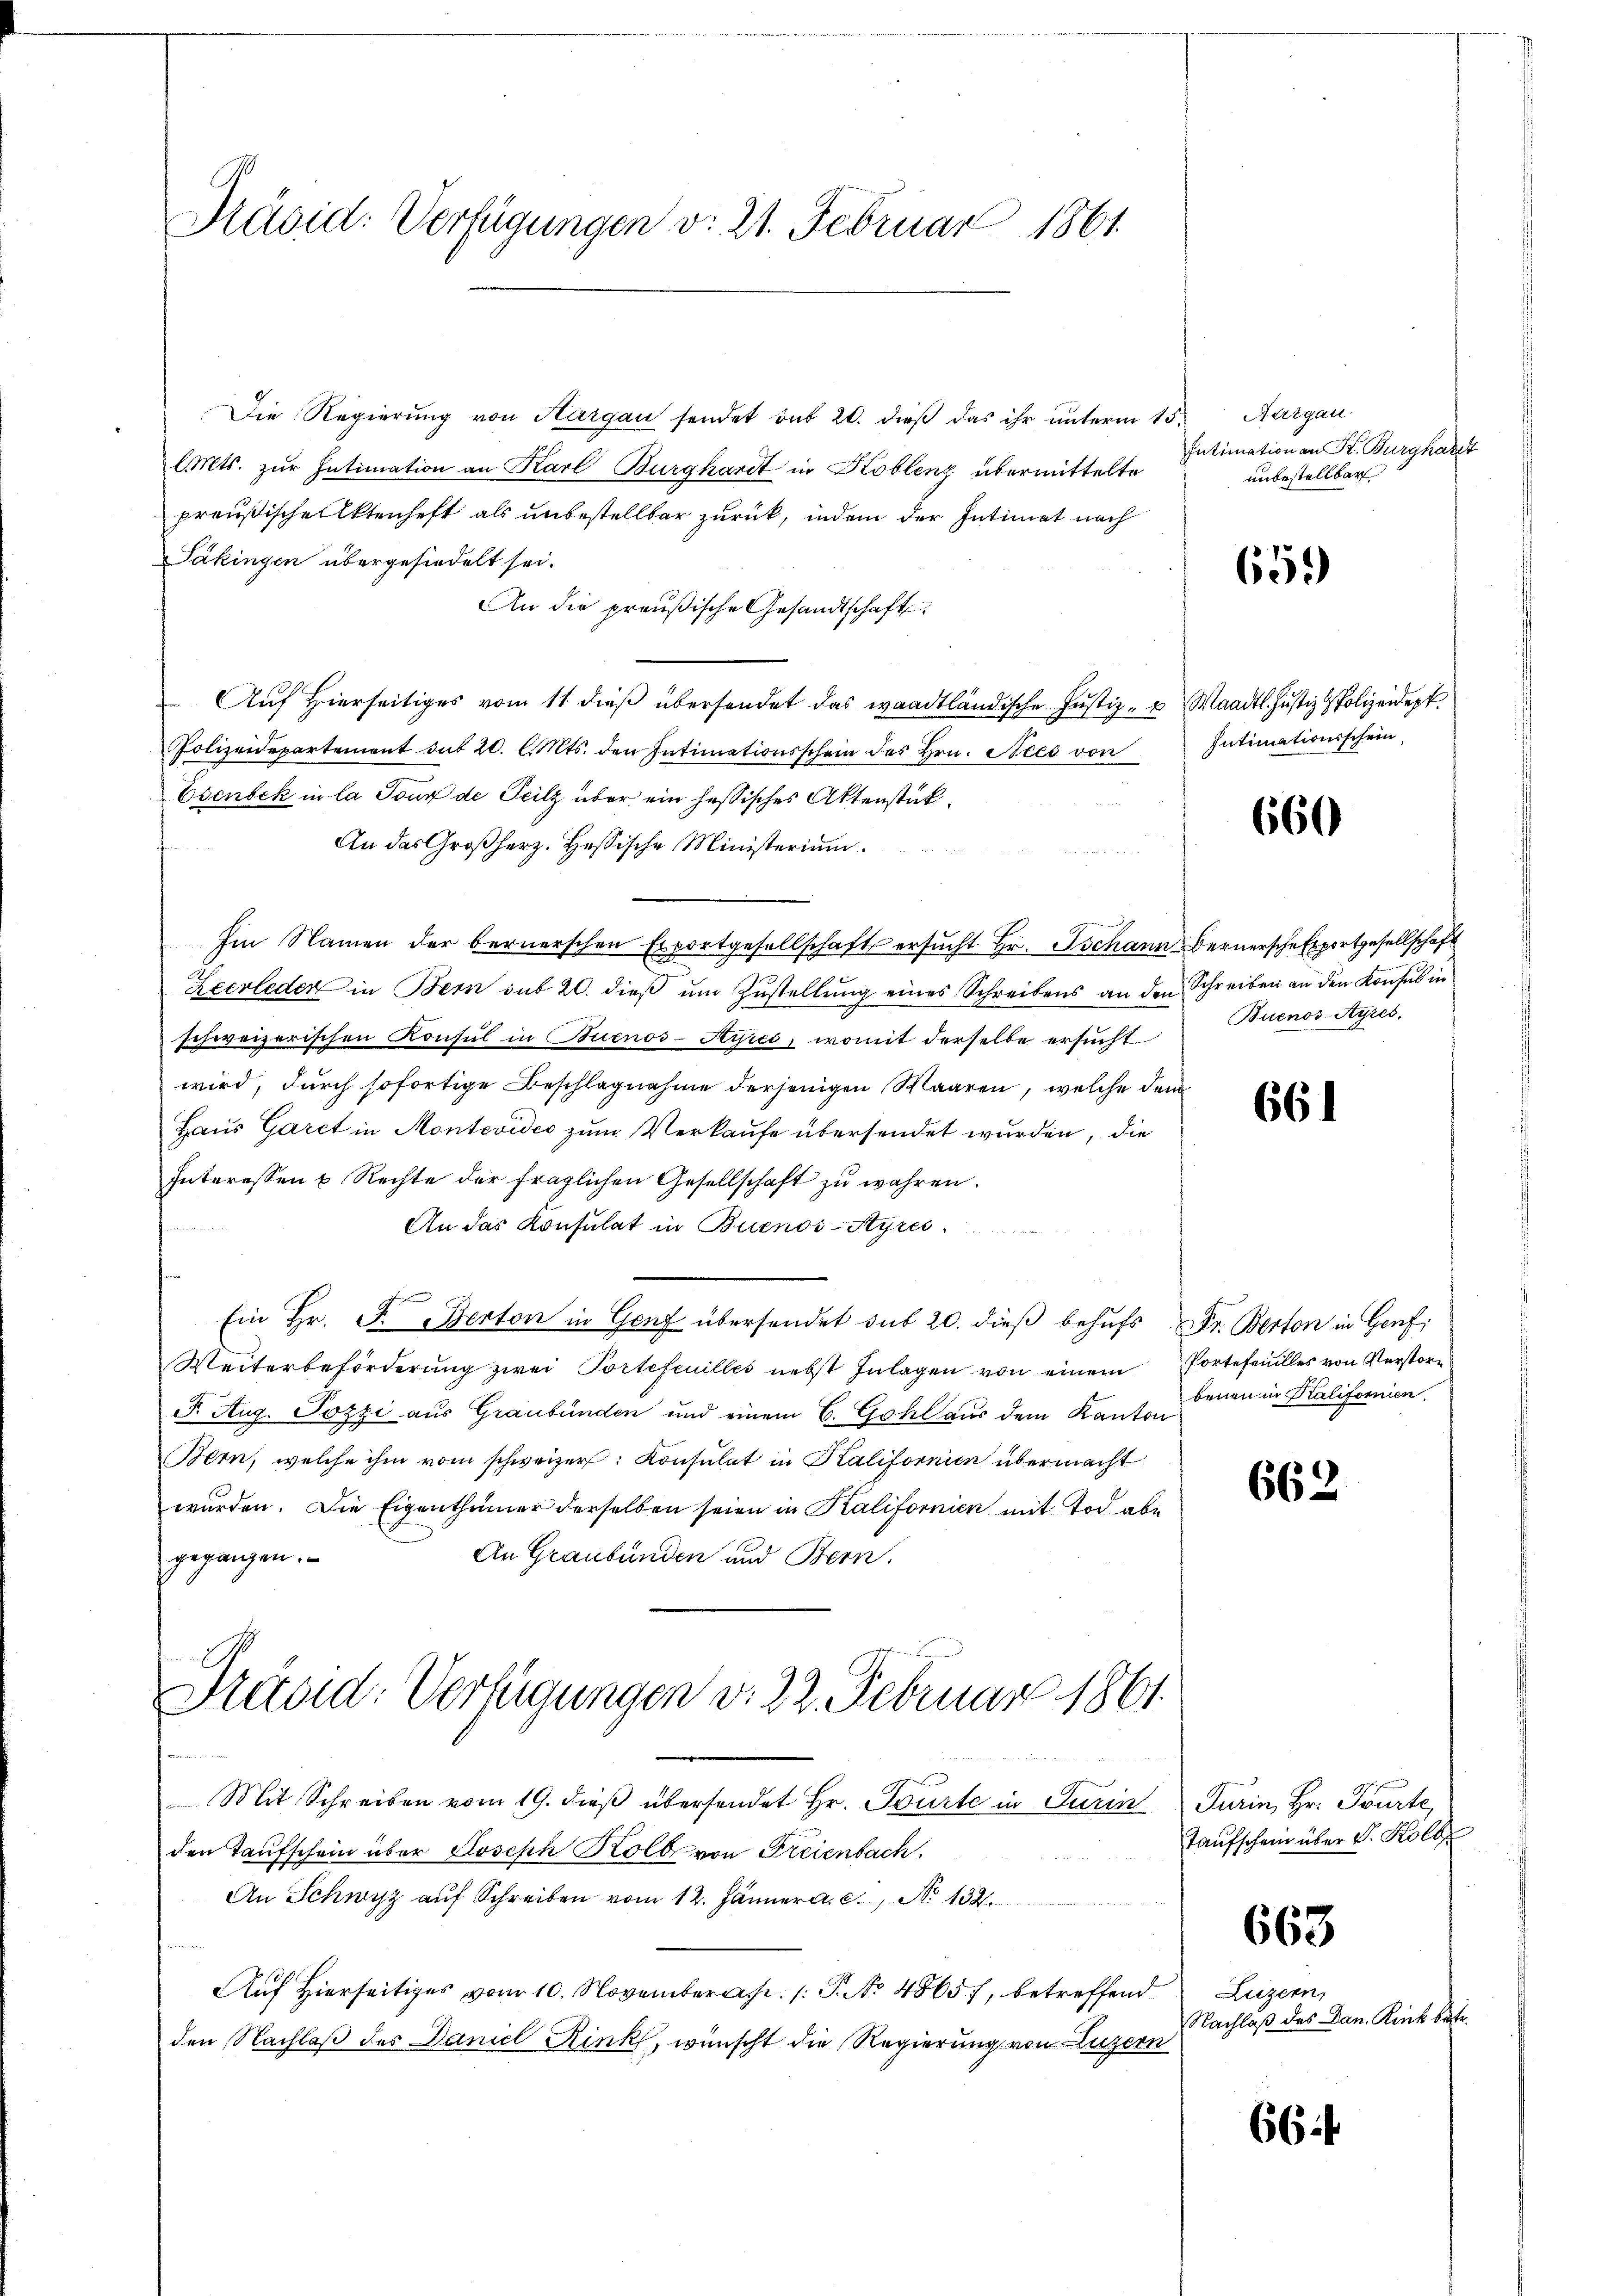
Präsid. Verfügungen v. 21. Februar 1861

Die Regierung von Hargau sendet sub 20. dieß das ihr unterm 15. Aargau
lMts. zur Intimation an Karl Burghardt in Koblenz übermittelte
preußische Aktenhaft als unbestellbar zurück, indem der Intimat nach
Säkingen übergesiedelt sei.
An die preußische Gesandtschaft
 Aŭf Hierseitiges vom 11. dieβ übersendet das waadtländische Justiz- u Waadt Justiz -Polizeidept.
Polizeidepartement sub 20. l. Mts. den Intimationsschein des Hrn. Nees von
Esenbek in la Joux de Teilz über ein hassisches Aktenstük¬
An das Großherz. Hessische Ministerium.
Im Namen der bernerschen Exportgesellschaft ersŭcht Hr. Tschann Bernersche Exportgesellschaft
Zeerleder in Bern sub 20. dieβ ŭm Zŭstellŭng eines Schreibens an den Schreiben an den Konsul in
schweizerischen Konsul in Buenos-Ayres, womit derselbe ersucht
wird, durch sofortige Beschlagnahme derjenigen Waaren, welche dem
Haus Garet in Montevides zum Verkaufe übersendet wurden, die
Interessen u Rechte der fraglichen Gesellschaft zu wahren.
An das Konsulat in Buenos-Ayres
Ein Hr. F. Berton in Genf übersendet sub 20. dieß behufs Dr. Berton in Genf,
Weiterbeförderŭng zwei Portefeuilles nebst Inlagen von einem Portefeuilles von Verstore
F. Aug. Pozzi aus Graubünden und einem C. Gohl aus dem Kanton
Bern, welche ihm vom schweizer: Consulat in Kalifornien übermacht
wurden. Die Eigenthümer derselben seien in Kalifornien mit Tod abe
An Graubünden und Bern.
gegangen.
Präsid. Verfügungen v. 22. Februar 1861.
d
Mit Schreiben vom 19. dieβ übersendet Hr. Spürte in Turin Turin, Hr. Tourte
den Taufschein über Joseph Kolb von Freienbach,
An Schwyz auf Schreiben vom 12. Jänner a. c. s. N. 134.
Auf Hierseitiges vom 10. November. P. No 4865), betreffend
den Nachlaß des Daniel Rink, wünscht die Regierung von Luzern

Intimation an Kt. Burgkaret
unbestellbar

659)

Intimationsschein,

660

Buenos-Ayres,

661

benen in Kalifornien.

662

Taufschein über v. Kolb
663
Luzern,
Nachlaß des Dan. Kink betr.

66